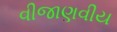
વીજાણવીય